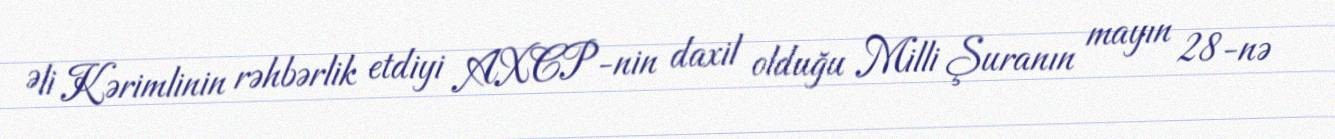
Əli Kərimlinin rəhbərlik etdiyi AXCP-nin daxil olduğu Milli Şuranın mayın 28-nə